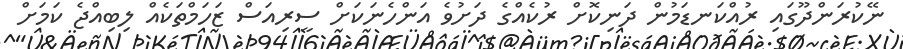
ނޭކުރަންދޫގައި ރުއްކަނޑަމުން ދަނިކޮށް ރުކެއްގެ ދަށުވެ އަންހެނަކަށް ސީރިއަސް ޒަހަމްތަކެއް ލިބިއްޖެ ކަމަށް